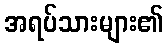
အရပ်သားများ၏